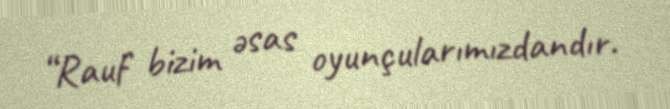
“Rauf bizim əsas oyunçularımızdandır.